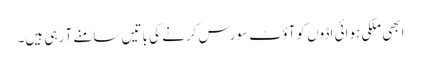
ابھی ملکی ہوائی اڈوں کو آؤٹ سورس کرنے کی باتیں سامنے آ رہی ہیں۔